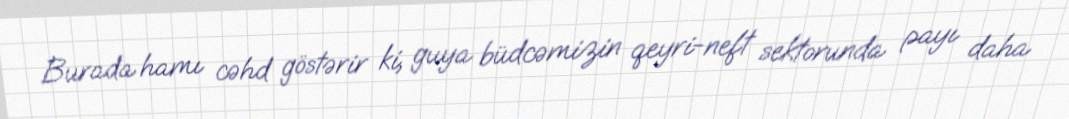
Burada hamı cəhd göstərir ki, guya büdcəmizin qeyri-neft sektorunda payı daha